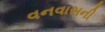
વનવાસની